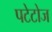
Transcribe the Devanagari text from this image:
पटेटोज